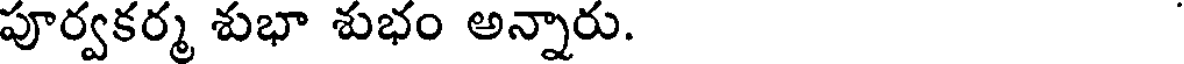
పూర్వకర్మ శుభా శుభం అన్నారు.